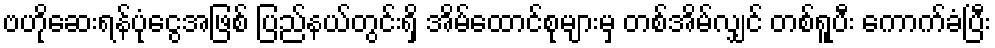
ဗဟိုဆေးရန်ပုံငွေအဖြစ် ပြည်နယ်တွင်းရှိ အိမ်ထောင်စုများမှ တစ်အိမ်လျှင် တစ်ရူပီး ကောက်ခံပြီး